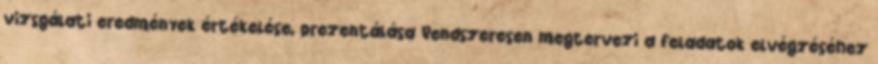
vizsgálati eredmények értékelése, prezentálása Rendszeresen megtervezi a feladatok elvégzéséhez